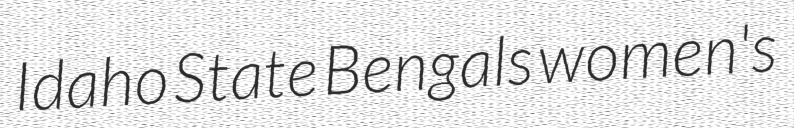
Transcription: Idaho State Bengals women's